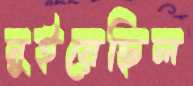
নুইয়েছিল